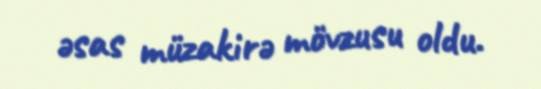
əsas müzakirə mövzusu oldu.